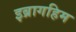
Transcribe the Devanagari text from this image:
इब्रागहिम